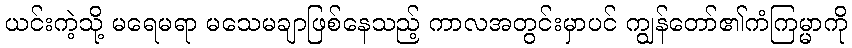
ယင်းကဲ့သို့ မရေမရာ မသေမချာဖြစ်နေသည့် ကာလအတွင်းမှာပင် ကျွန်တော်၏ကံကြမ္မာကို